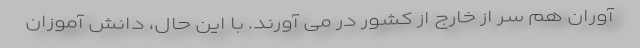
آوران هم سر از خارج از کشور در می آورند. با این حال، دانش آموزان